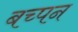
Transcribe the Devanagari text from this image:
बच्पन